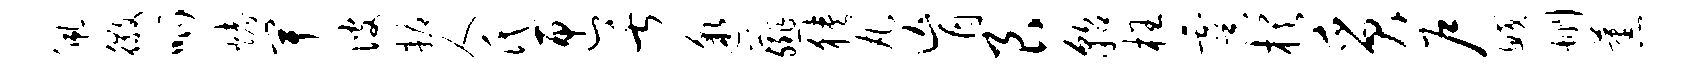
佩徽呱烤卑彼耨人氏匣舌邈薤狭丸肓艮貂枉虞棋质户鲛删蕉